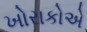
ખોરાકોએ